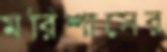
মরিশাসের